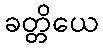
ခတ္တိယေ